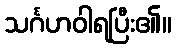
သင်္ဂဟဝါရပြီး၏။